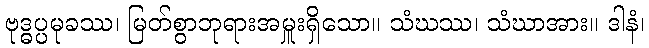
ဗုဒ္ဓပ္ပမုခဿ၊ မြတ်စွာဘုရားအမှူးရှိသော။ သံဃဿ၊ သံဃာအား။ ဒါနံ၊